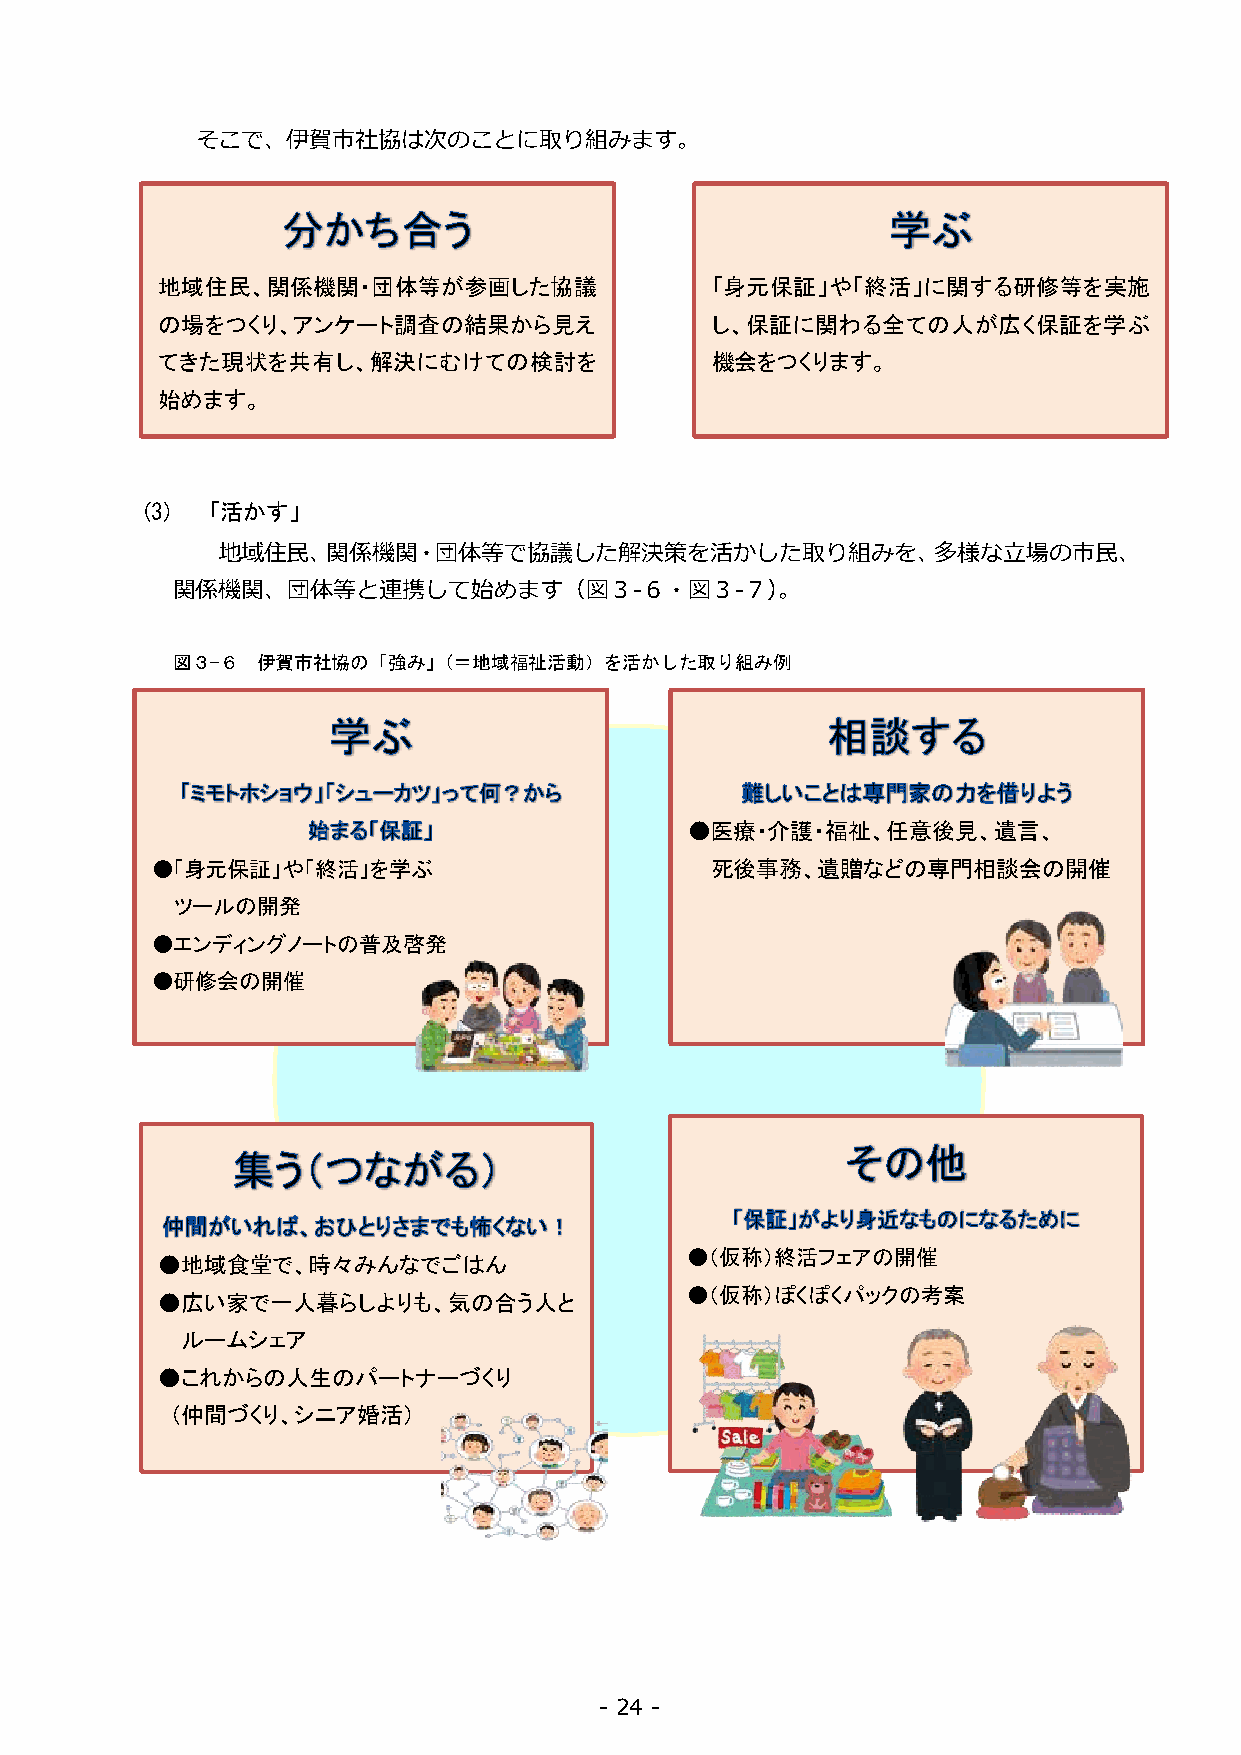
そこで、伊賀市社協は次のことに取り組みます。
 地域住民、関係機関・団体等が参画した協議                 「身元保証」や「終活」に関する研修等を実施
 の場をつくり、アンケート調査の結果から見え                し、保証に関わる全ての人が広く保証を学ぶ
 てきた現状を共有し、解決にむけての検討を                 機会をつくります。
 始めます。
 (3) 「活かす」
 地域住民、関係機関・団体等で協議した解決策を活かした取り組みを、多様な立場の市民、
 関係機関、団体等と連携して始めます（図３-６・図３-７）。
 図３-６  伊賀市社協の「強み」（＝地域福祉活動）を活かした取り組み例
 ●医療・介護・福祉、任意後見、遺言、
 ●「身元保証」や「終活」を学ぶ                      死後事務、遺贈などの専門相談会の開催
 ツールの開発
 ●エンディングノートの普及啓発
 ●研修会の開催
 ●地域食堂で、時々みんなでごはん
 ●（仮称）終活フェアの開催
 ●広い家で一人暮らしよりも、気の合う人と
 ●（仮称）ぽくぽくパックの考案
 ルームシェア
 ●これからの人生のパートナーづくり
 （仲間づくり、シニア婚活）
 - 24 -